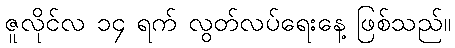
ဇူလိုင်လ ၁၄ ရက် လွတ်လပ်ရေးနေ့ ဖြစ်သည်။